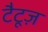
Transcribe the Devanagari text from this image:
टैटूज़